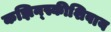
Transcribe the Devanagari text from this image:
कझिन्स्कीशिवाय